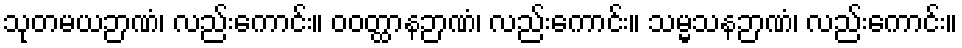
သုတမယဉာဏံ၊ လည်းကောင်း။ ဝဝတ္ထာနဉာဏံ၊ လည်းကောင်း။ သမ္မသနဉာဏံ၊ လည်းကောင်း။